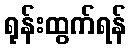
ရုန်းထွက်ရန်